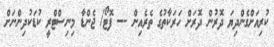
ކުރިއަށްގެންދިޔަ ދޮރުން ދޮރަށް ހަރަކާތުގެ ތެރެއިން --- ފޮޓޯ/ ޖެންޑާ މިނިސްޓްރީ ކުޑަކުދިންނަށް